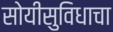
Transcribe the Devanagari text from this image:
सोयीसुविधाचा